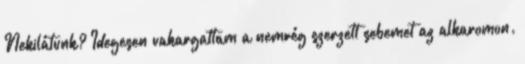
Nekilátunk? Idegesen vakargattam a nemrég szerzett sebemet az alkaromon.